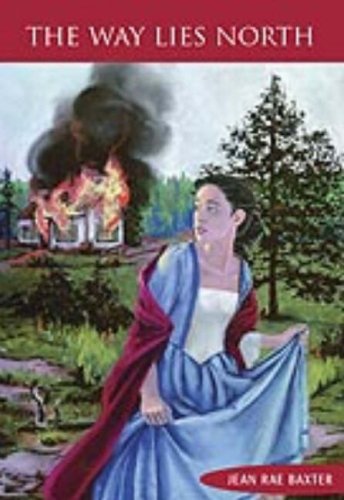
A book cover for The Way Lies North; Jean Rae Baxter; Teen & Young Adult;